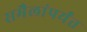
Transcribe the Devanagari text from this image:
समैलांपर्यंत